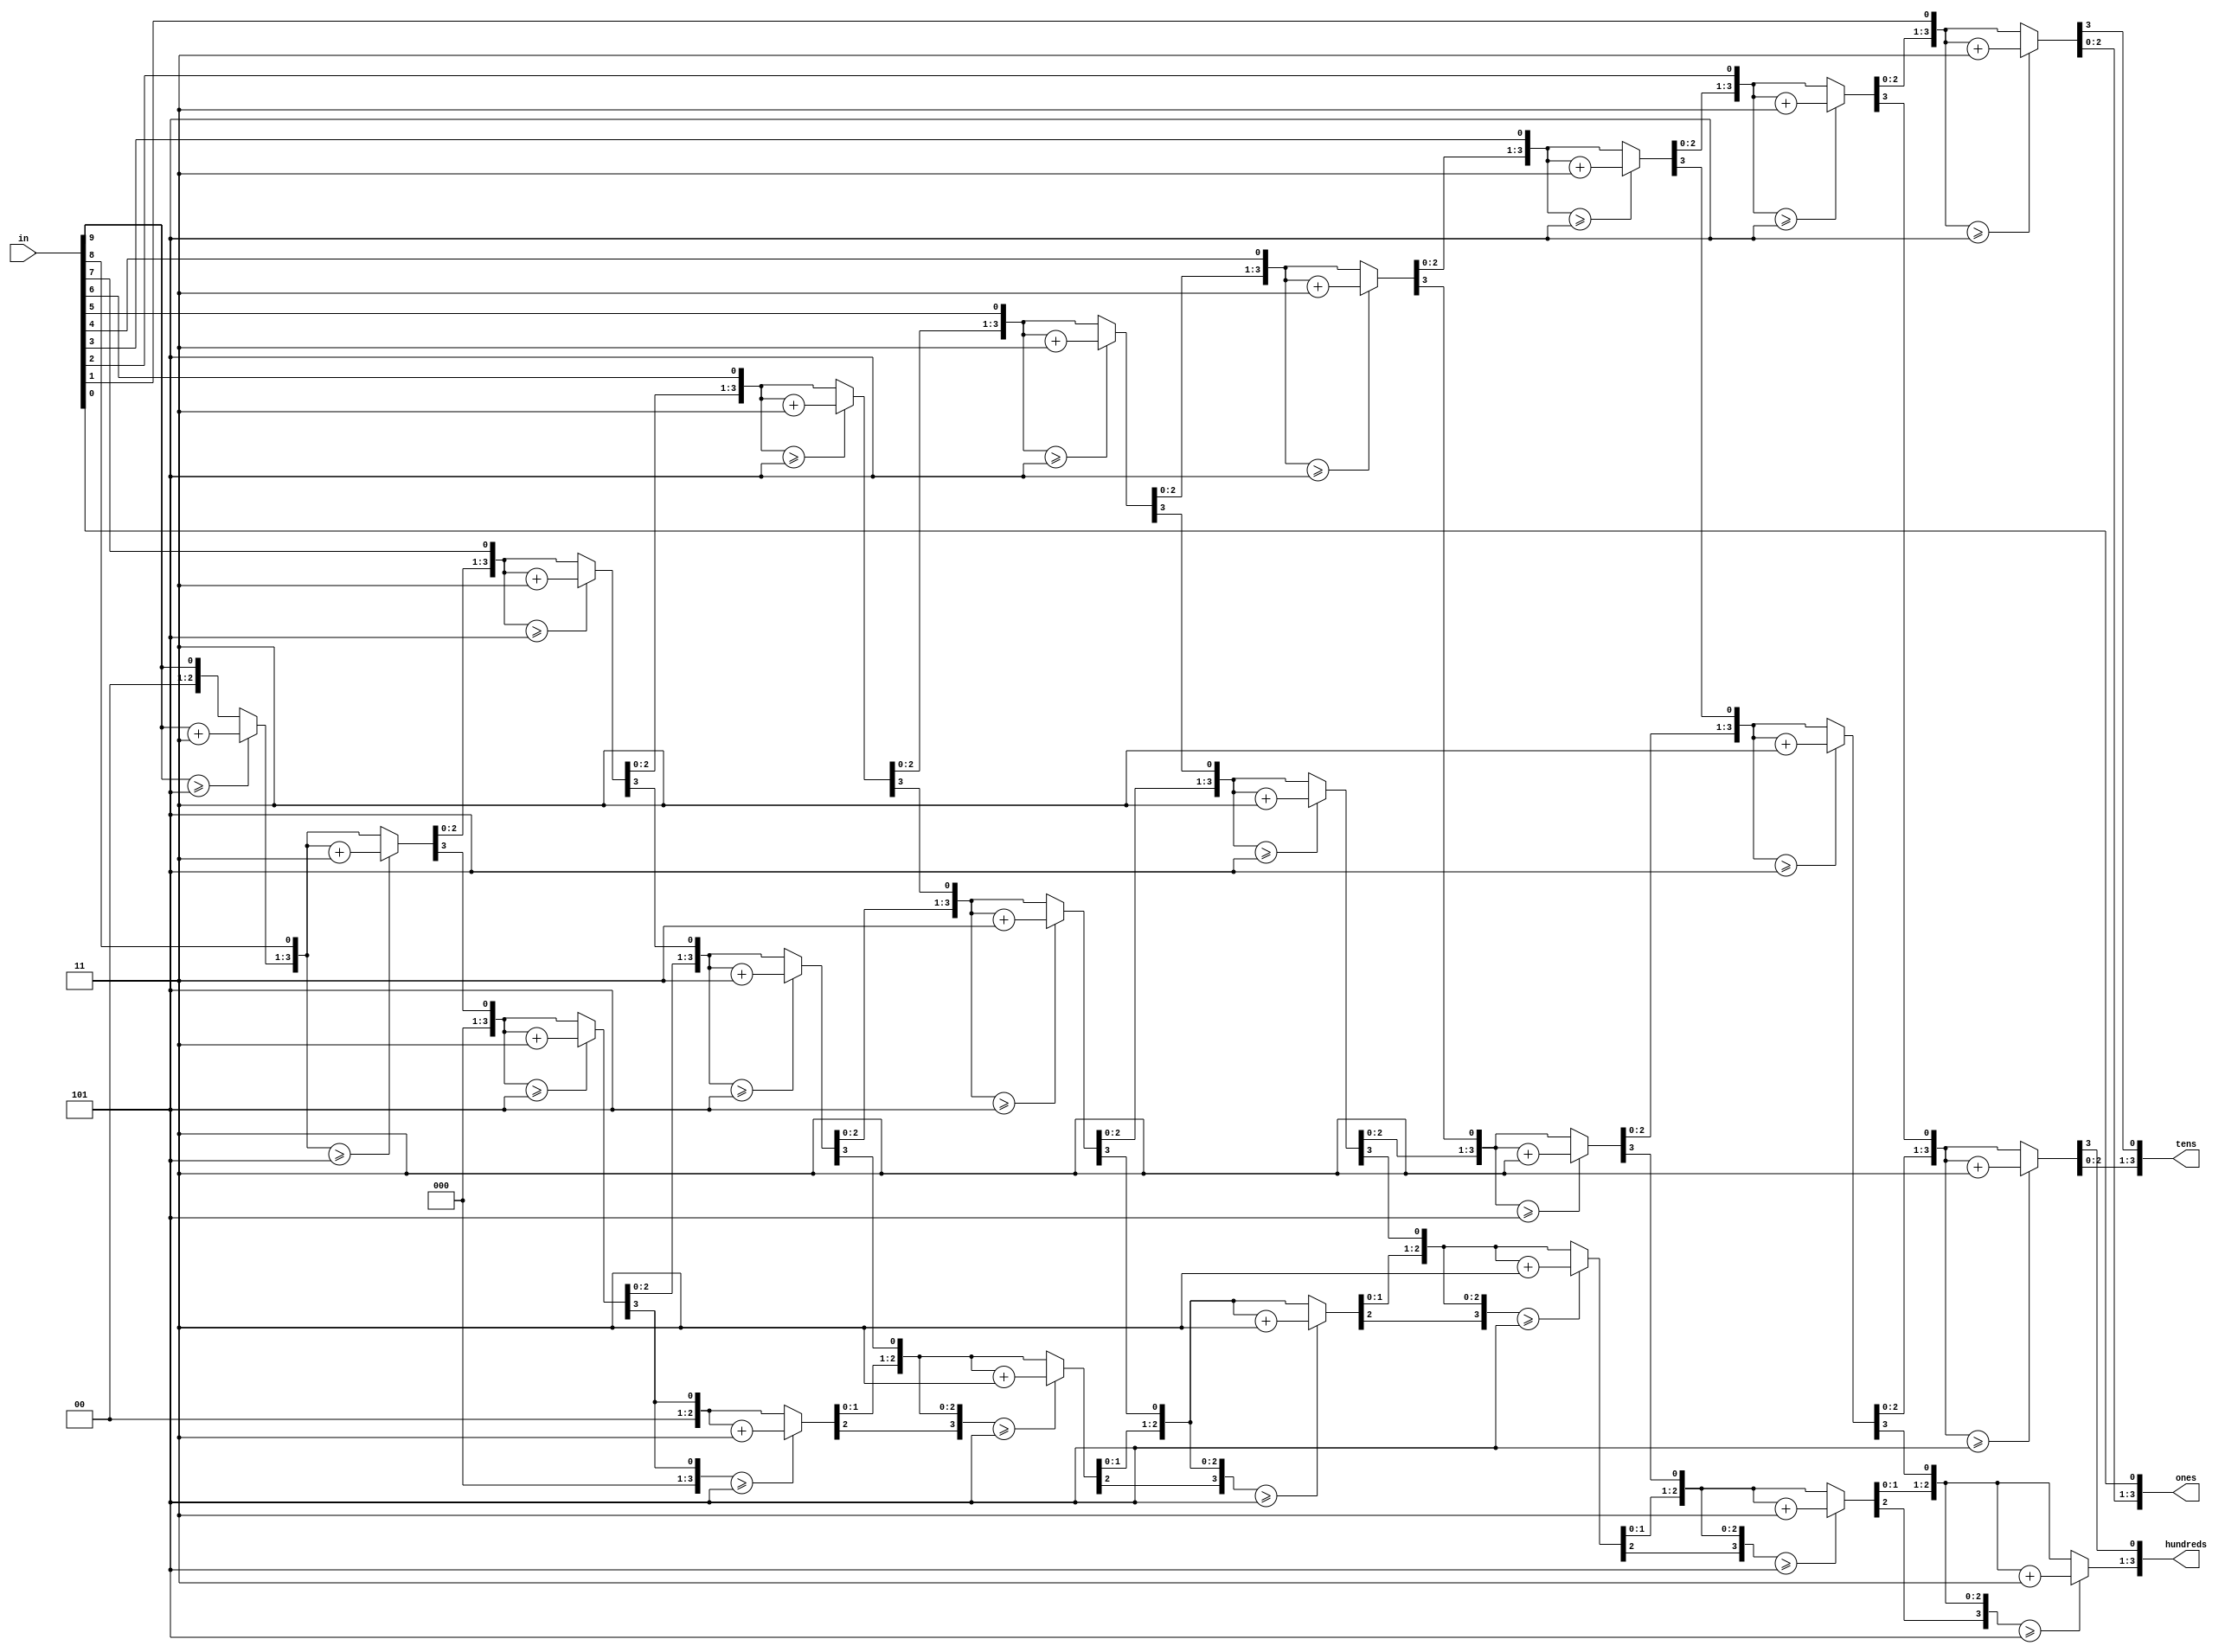
//--------Binary to Binary-Coded Decimal (BCD)---------//
module BCD(hundreds,tens,ones,in);
input [9:0] in;
output reg [3:0] hundreds, tens, ones;

// Internal variable for storing bits
reg [21:0] shift;
integer i;

always @(in) begin
	// Clear previous number and store new number in shift
	shift[21:10]=  0;
	shift[9:0]  = in;
	
	// Loop 10 times
	for (i=0;i<10;i=i+1) begin
		if(shift[13:10]>=5) 	shift[13:10]=shift[13:10]+3;
		if(shift[17:14]>=5)	shift[17:14]=shift[17:14]+3;
		if(shift[21:18]>=5)	shift[21:18]=shift[21:18]+3;
			
		// Shift entire register left once
		shift = shift<<1;
	end
	
	// Push decimal numbers to output
	ones		= shift[13:10];
	tens		= shift[17:14];
	hundreds	= shift[21:18];
end

endmodule